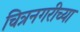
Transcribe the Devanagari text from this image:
चित्रनगरीच्या